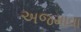
અજમાવા